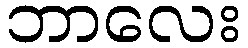
ဘာလေး